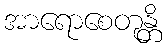
အာရောစေတုန္တိ